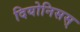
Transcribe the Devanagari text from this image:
दियोनिसस्